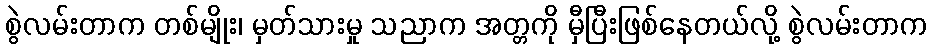
စွဲလမ်းတာက တစ်မျိုး၊ မှတ်သားမှု သညာက အတ္တကို မှီပြီးဖြစ်နေတယ်လို့ စွဲလမ်းတာက